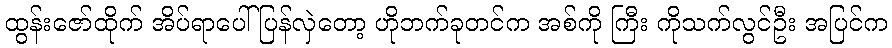
ထွန်းဇော်ထိုက် အိပ်ရာပေါ်ပြန်လှဲတော့ ဟိုဘက်ခုတင်က အစ်ကို ကြီး ကိုသက်လွင်ဦး အပြင်က